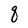
Character: q